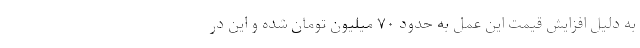
به دلیل افزایش قیمت این عمل به حدود ۷۰ میلیون تومان شده و این در